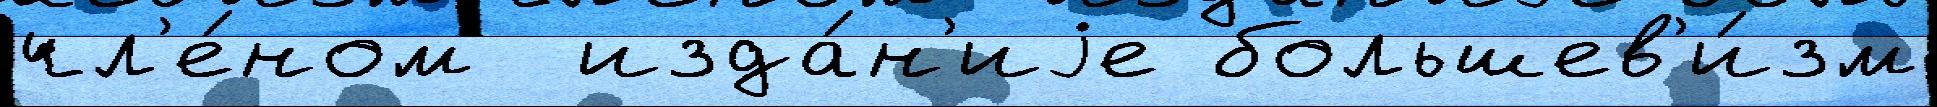
чл'е́ном  изда́н'иjе большев'и́зм